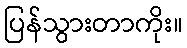
ပြန်သွားတာကိုး။